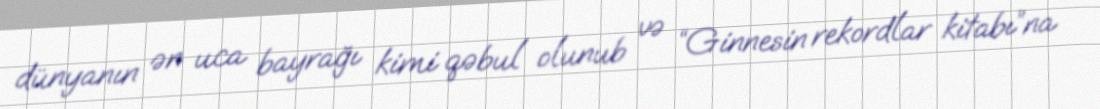
dünyanın ən uca bayrağı kimi qəbul olunub və “Ginnesin rekordlar kitabı”na